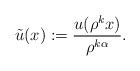
\begin{align*} \tilde u(x):=\frac{u(\rho^k x)}{\rho^{k\alpha}}. \end{align*}